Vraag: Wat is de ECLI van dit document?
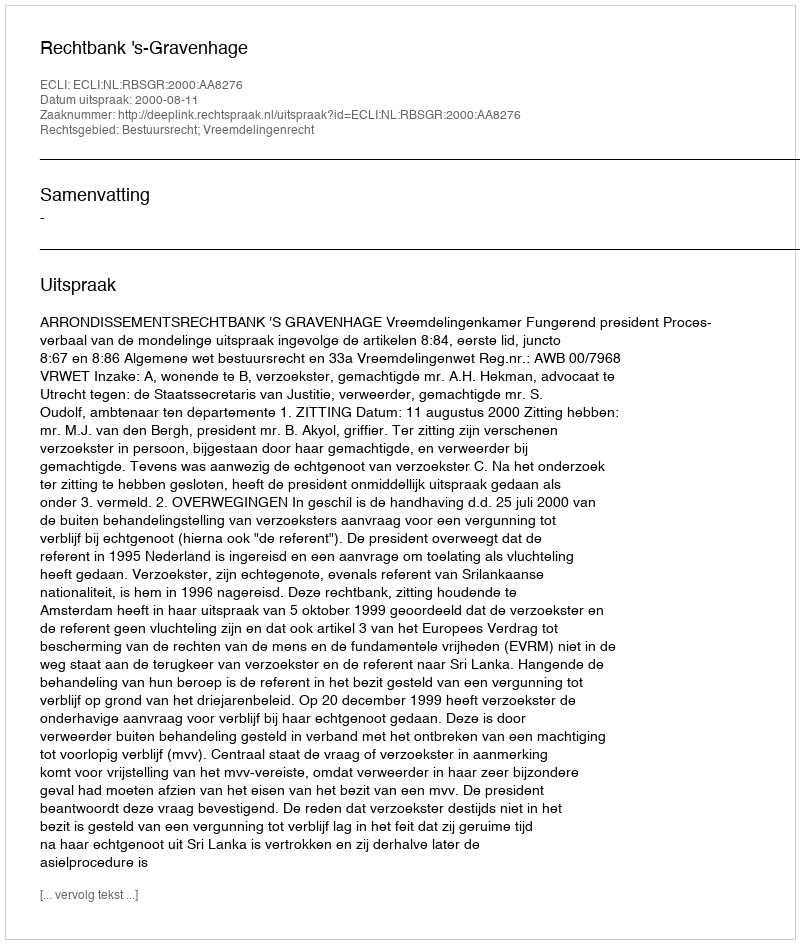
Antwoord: ECLI:NL:RBSGR:2000:AA8276